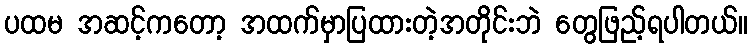
ပထမ အဆင့်ကတော့ အထက်မှာပြထားတဲ့အတိုင်းဘဲ တွေဖြည့်ရပါတယ်။